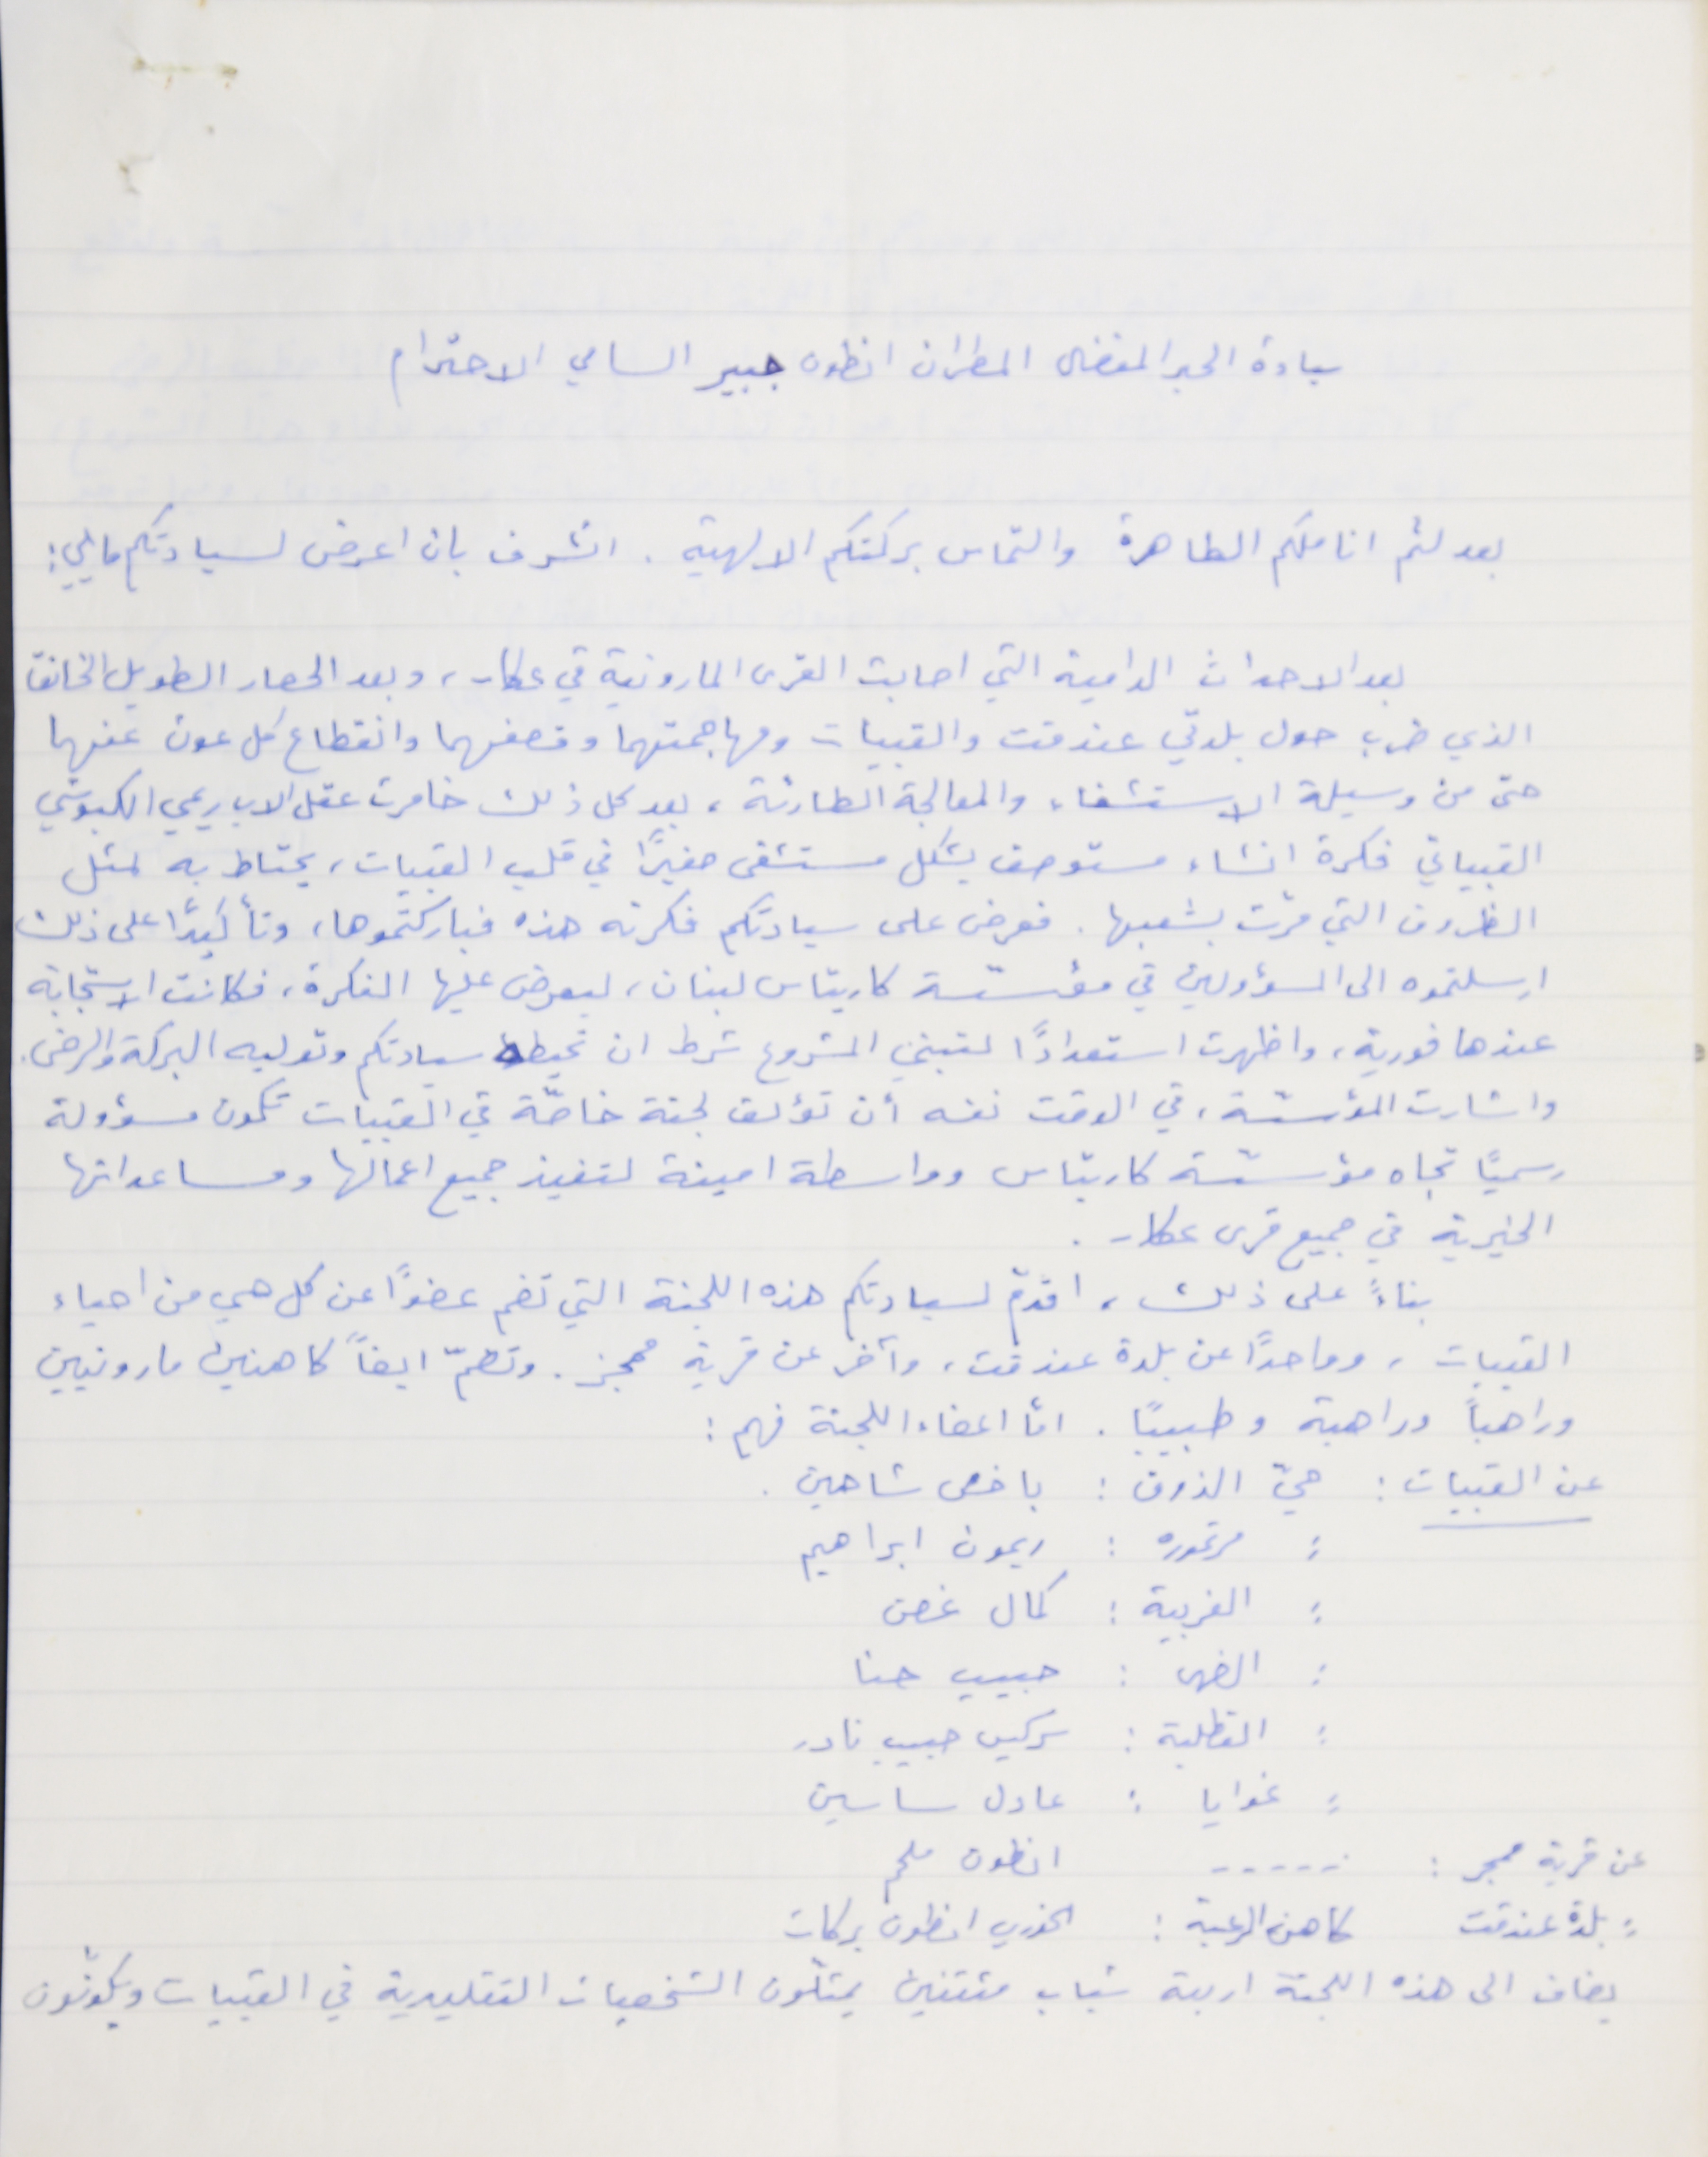
سيادة الحبر المفضال المطران انطون جبير السامي الاحترام
بعد لثم اناملكم الطاهرة والتماس بركتكم الالهية. اتشرف بان اعرض لسيادتكم ما يلي:
بعد الاحداث الدامية التي اصابت القرى المارونية في عكار، وبعد الحصار الطويل الخانقّ
الذي ضرب حول بلدتي عندقت والقبيات ومهاجمتهما وقصفهما وانقطاع كل عون عنهما
حتى من وسيلة الاستشفاء والمعالجة الطارئة، بعد كل ذلك خامرت عقل الاب ريمي الكبوشي
القبياتي فكرة انشاء مستوصف يشكل مستشفى صغيرًا في قلب القبيات، يحتاط به لمثل
الظروف التي مرت بشعبها. فعرض على سيادتكم فكرته هذه فباركتموها، وتأكيداً على ذلك
ارسلتموه الى المسؤولين في مؤسّسة كاريتاس لبنان، ليعرض عليها الفكرة، فكانت الاستجابة
عندها فورية، واظهرت استعدادًا لتبني المشروع شرط ان تحيطه سيادتكم وتوليه البركة والرضى.
واشارت المؤسّسة، في الوقت نفسه أن تؤلف لجنة خاصّة في القبيات تكون مسؤولة
رسمياً تجاه مؤسّسة كاريتاس وواسطة امينة لتنفيذ جميع اعمالها ومساعداتها
الخيرية في جميع قرى عكار.
 بناءً على ذلك، اقدمَ لسيادتكم هذه اللجنة التي تضم عضوًا عن كل حي من احياء
القبيات، وواحدًا عن بلدة عندقت، وآخر عن قرية ممجز. وتضمّ ايضاً كاهنين مارونيين
وراهباً وراهبة وطبيبًا. امّا اعضاء اللجنة فهم:
عن القبيات: حيّ الذوق: باخسَ شاهين.
مرتموره: ريمون ابراهيم
الغربية: كمال غصن
الضهر: حبيب حنا
القطلبة: سركيس حبيب نادر
غوايا: عادل ساسين
عن قريةممجز: ..... انطون ملحم
بلدة عندقت كاهن الرعية: الخوري انطون بركات
يضاف الى هذه اللجنة اربعة شباب مثقفين يمثلّون الشخصيات التقليدية في القبيات ويكونون